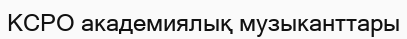
КСРО академиялық музыканттары